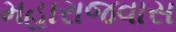
મહારાજવાસ